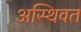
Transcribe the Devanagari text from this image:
अस्थिवत